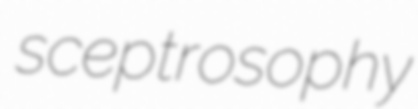
sceptrosophy